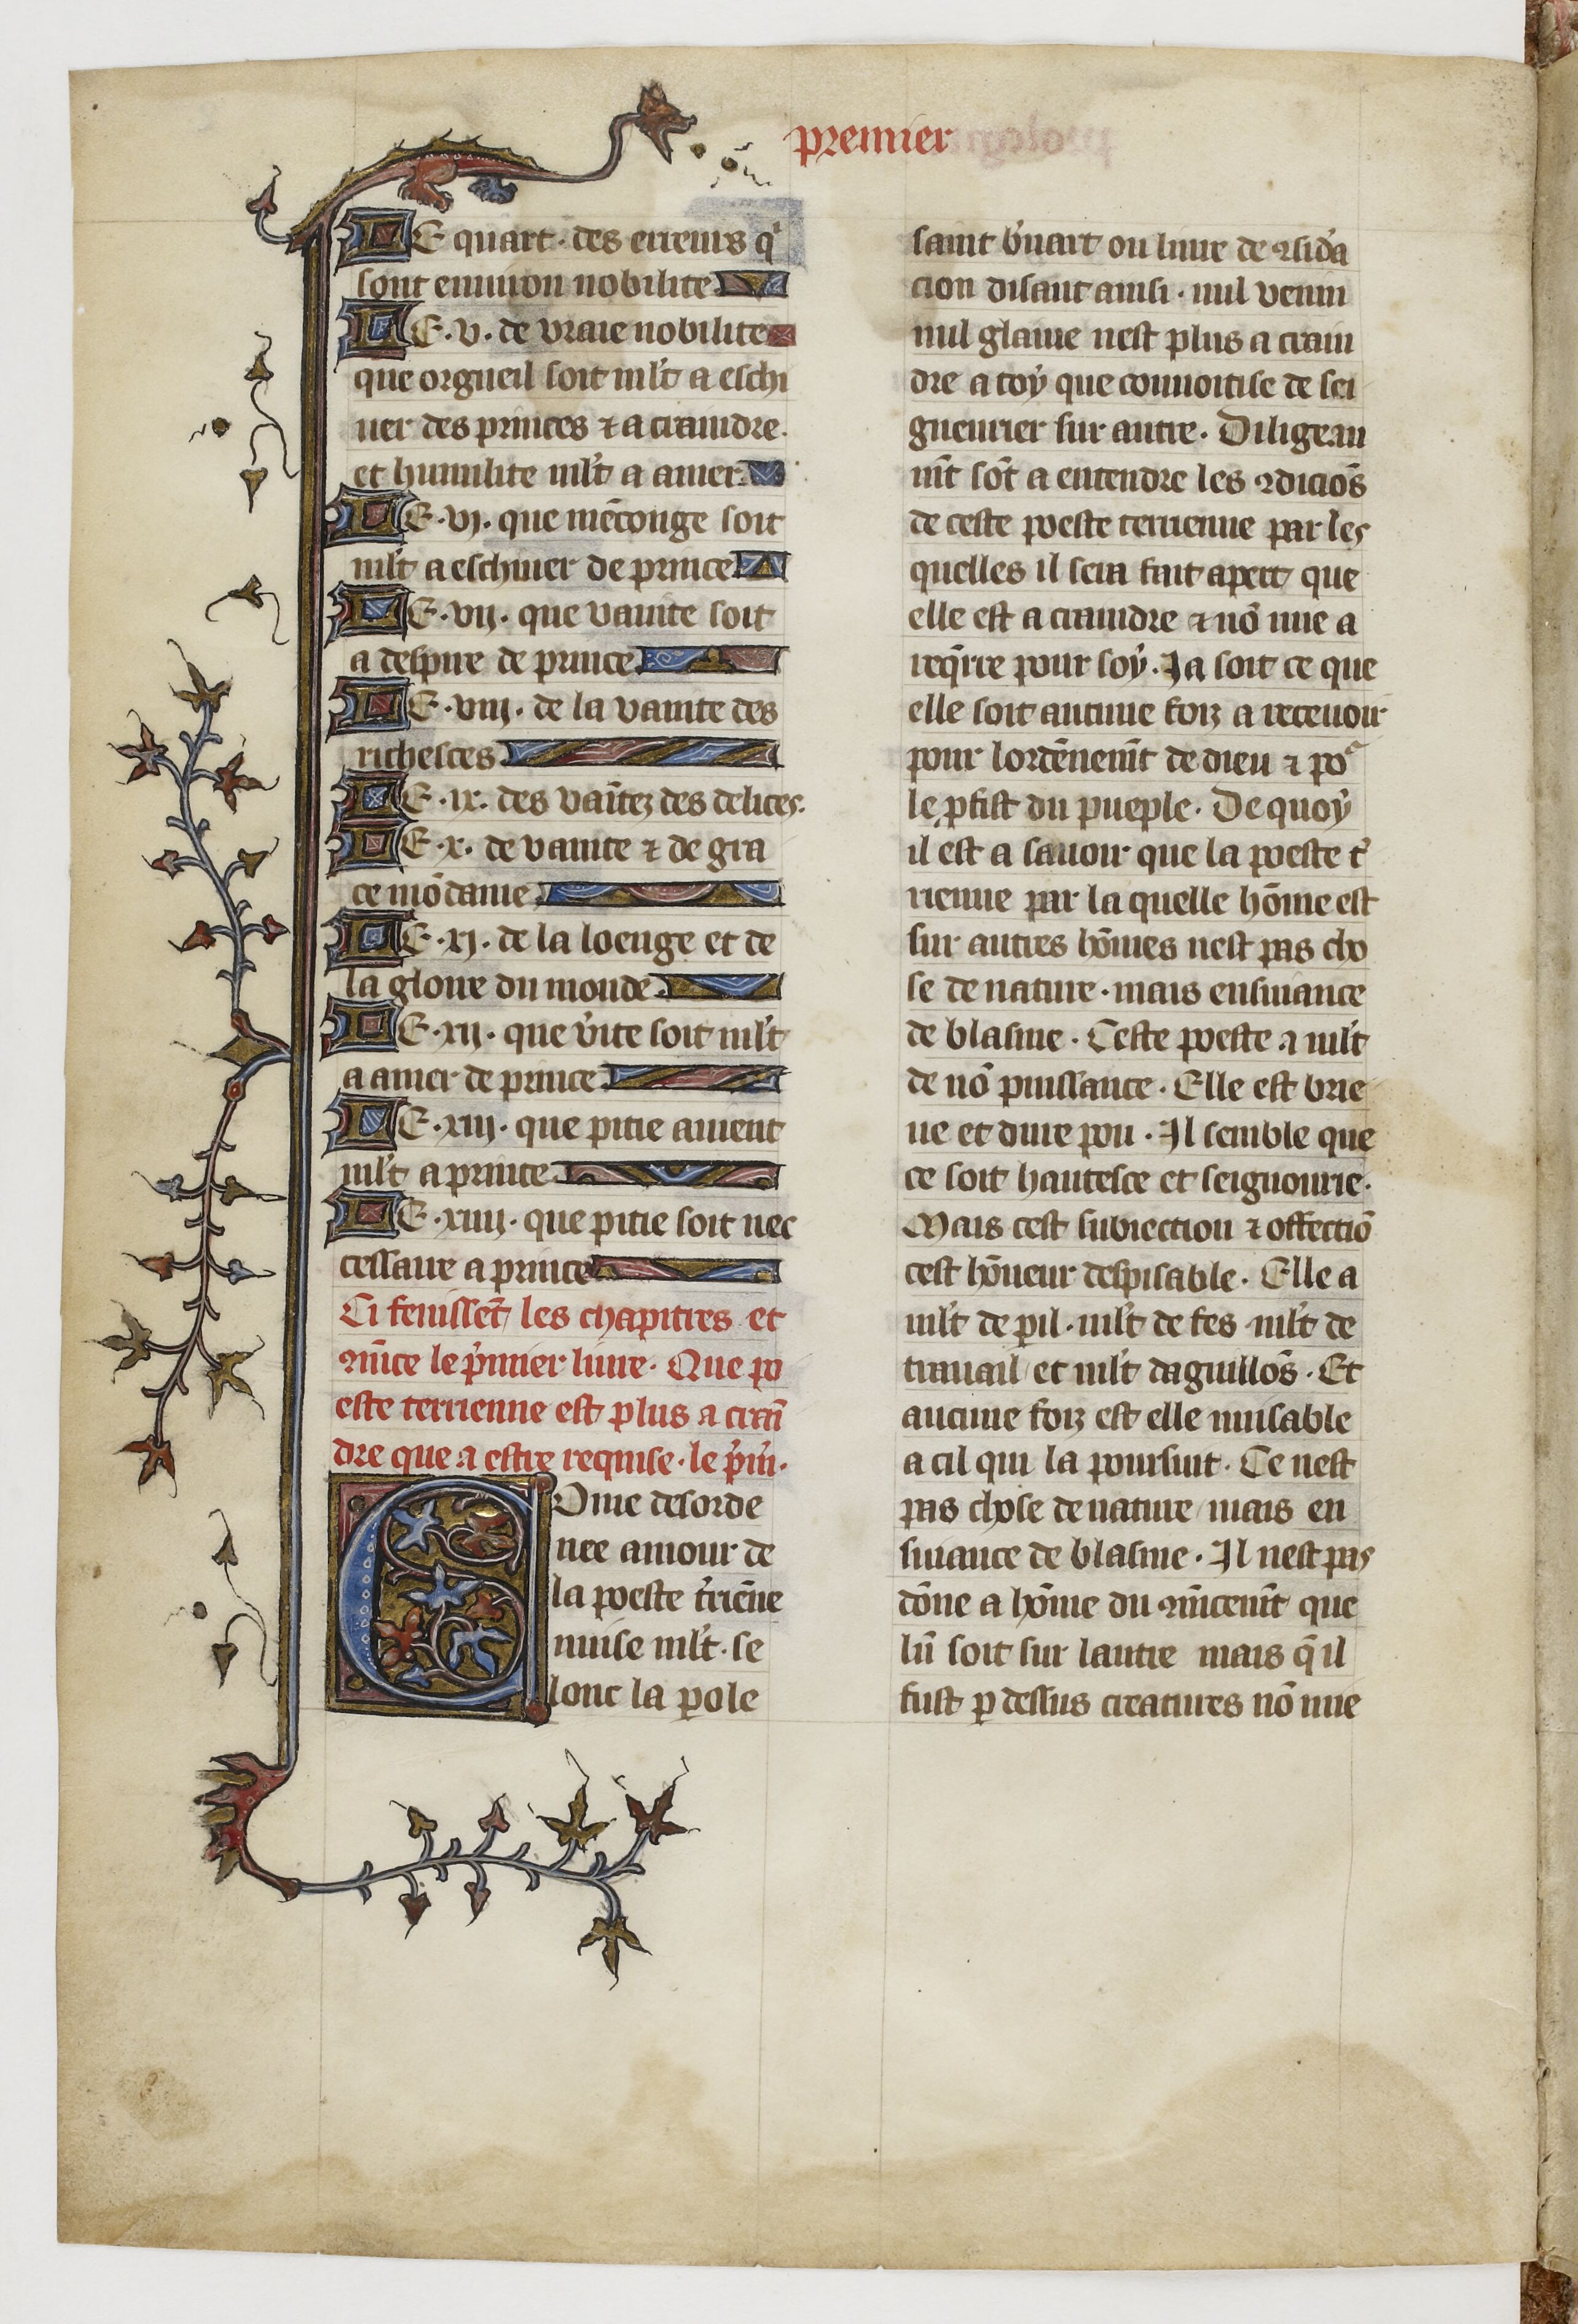
Shelfmark: Paris, BnF, fr. 1728
Century: 14